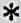
*